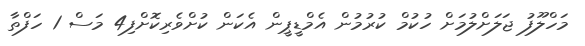
މަހްލޫފު ޖަލަށްލުމަށް ހުކުމް ކުރުމުން އެމްޑީޕީން އެކަން ކުށްވެރިކޮށްފި4 މަސް 1 ހަފްތާ